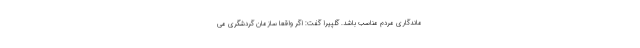
ماندگاری مردم مناسب باشد. گلپیرا گفت: اگر واقعا سازمان گردشگری می